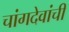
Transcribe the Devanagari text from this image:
चांगदेवांची